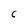
Character: C